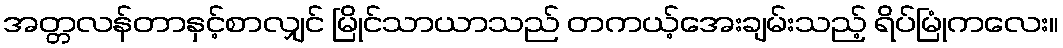
အတ္တလန်တာနှင့်စာလျှင် မြိုင်သာယာသည် တကယ့်အေးချမ်းသည့် ရိပ်မြုံကလေး။